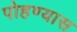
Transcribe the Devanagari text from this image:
पोहण्यास